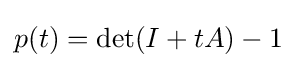
p(t)=\det(I+tA)-1